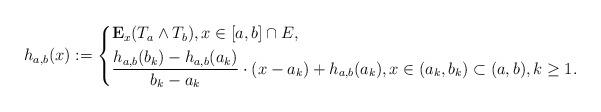
LaTeX: \begin{align*}h_{a,b}(x):=\left\lbrace\begin{aligned}&\mathbf{E}_x(T_a\wedge T_b),x\in [a,b]\cap E, \\&\frac{h_{a,b}(b_k)-h_{a,b}(a_k)}{b_k-a_k}\cdot (x-a_k)+h_{a,b}(a_k),x\in (a_k,b_k)\subset (a,b), k\geq 1. \end{aligned}\right.\end{align*}